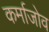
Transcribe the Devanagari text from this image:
कर्माजोव